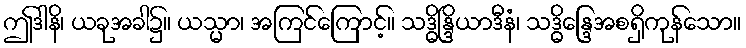
ဤဒါနိ၊ ယခုအခါ၌။ ယသ္မာ၊ အကြင်ကြောင့်။ သဒ္ဓိန္ဒြိယာဒီနံ၊ သဒ္ဓိန္ဒြေအစရှိကုန်သော။